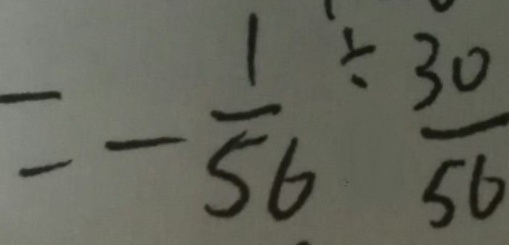
= - \frac { 1 } { 5 6 } \div \frac { 3 0 } { 5 6 }